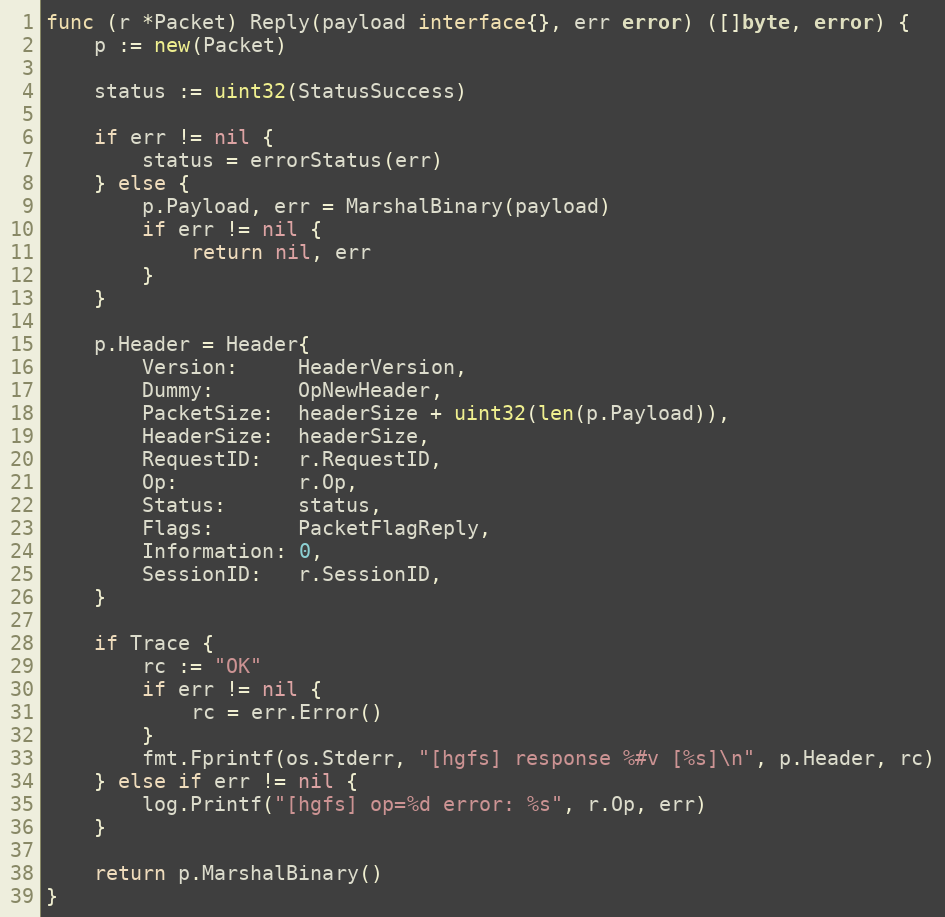
Language: Go
func (r *Packet) Reply(payload interface{}, err error) ([]byte, error) {
	p := new(Packet)

	status := uint32(StatusSuccess)

	if err != nil {
		status = errorStatus(err)
	} else {
		p.Payload, err = MarshalBinary(payload)
		if err != nil {
			return nil, err
		}
	}

	p.Header = Header{
		Version:     HeaderVersion,
		Dummy:       OpNewHeader,
		PacketSize:  headerSize + uint32(len(p.Payload)),
		HeaderSize:  headerSize,
		RequestID:   r.RequestID,
		Op:          r.Op,
		Status:      status,
		Flags:       PacketFlagReply,
		Information: 0,
		SessionID:   r.SessionID,
	}

	if Trace {
		rc := "OK"
		if err != nil {
			rc = err.Error()
		}
		fmt.Fprintf(os.Stderr, "[hgfs] response %#v [%s]\n", p.Header, rc)
	} else if err != nil {
		log.Printf("[hgfs] op=%d error: %s", r.Op, err)
	}

	return p.MarshalBinary()
}